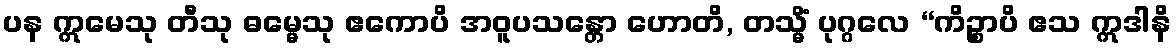
ပန ဣမေသု တီသု ဓမ္မေသု ဧကောပိ အဝူပသန္တော ဟောတိ, တသ္မိံ ပုဂ္ဂလေ “ကိဉ္စာပိ ဧသ ဣဒါနိ